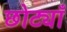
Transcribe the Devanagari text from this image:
छोट्याँ